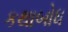
કથાબોધ